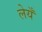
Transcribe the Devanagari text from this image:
लेयँ